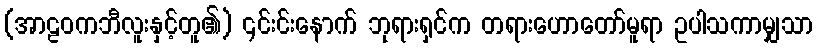
(အာဠဝကဘီလူးနှင့်တူ၏) ၎င်းင်းနောက် ဘုရားရှင်က တရားဟောတော်မူရာ ဥပါသကာမျှသာ